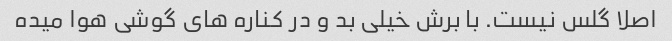
اصلا گلس نیست. با برش خیلی بد و در کناره های گوشی هوا میده